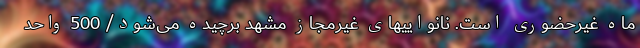
ماه غیرحضوری است. نانواییهای غیرمجاز مشهد برچیده می‌شود/ 500 واحد